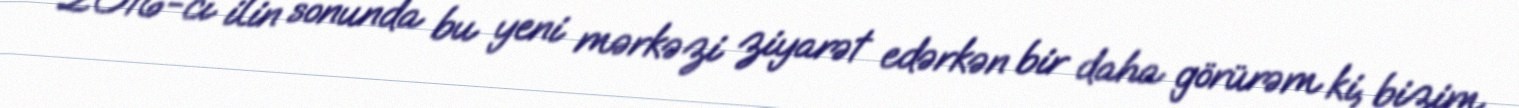
2016-cı ilin sonunda bu yeni mərkəzi ziyarət edərkən bir daha görürəm ki, bizim